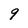
Character: 9